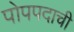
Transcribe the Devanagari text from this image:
पोपपदाची